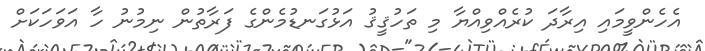
އެހެންވީމައި އިރާދަ ކުރެއްވިއްޔާ މި ތަހުޤީޤު އަޅުގަނޑުމެންގެ ފަރާތުން ނިމުނު ހާ އަވަހަކަށް